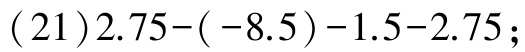
\((21)2.75-(-8.5)-1.5 - 2.75\);